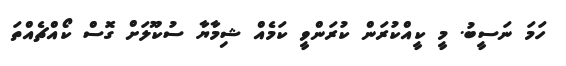
ހަމަ ނަސީބު. މީ ކީއްކުރަން ކުރަންވީ ކަމެއް ޝިމާޔާ ސުކޫލަށް ގޮސް ކޯއްޗެއްތަ